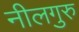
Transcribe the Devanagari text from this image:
नीलगुरु